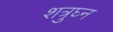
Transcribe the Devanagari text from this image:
शत्रुघ्‍न